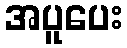
အပူပေး